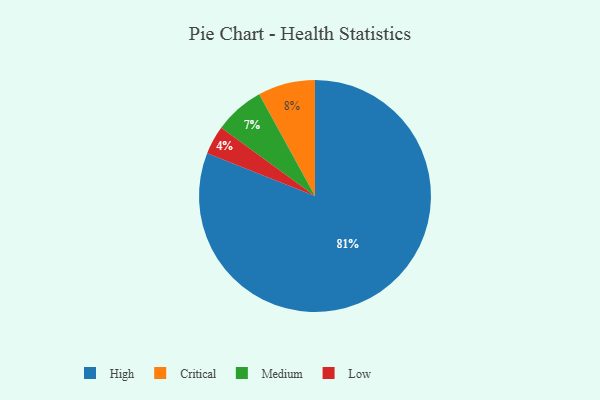
{"axis": {"x": "Category", "y": "Percentage"}, "legend": ["Critical", "High", "Low", "Medium"], "data": [{"x": "High", "y": 81, "type": "High"}, {"x": "Critical", "y": 8, "type": "Critical"}, {"x": "Medium", "y": 7, "type": "Medium"}, {"x": "Low", "y": 4, "type": "Low"}]}